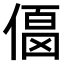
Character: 𠍚